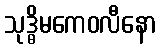
သုဒ္ဓိမကေဝလီနော